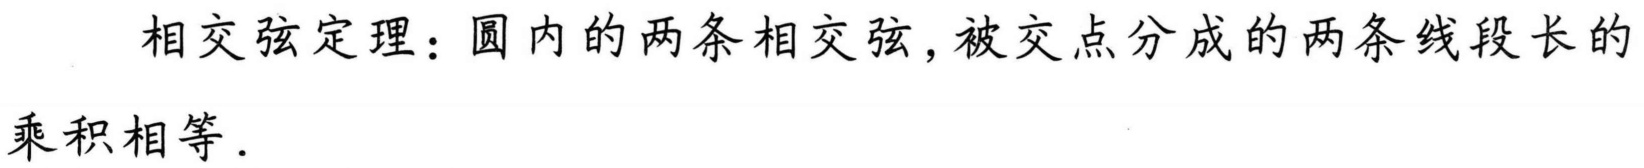
相交弦定理：圆内的两条相交弦，被交点分成的两条线段长的
乘积相等.